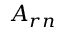
A _ { r n }